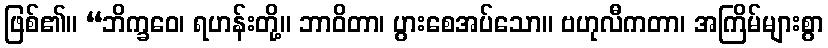
ဖြစ်၏။ “ဘိက္ခဝေ၊ ရဟန်းတို့။ ဘာဝိတာ၊ ပွားစေအပ်သော။ ဗဟုလီကတာ၊ အကြိမ်များစွာ